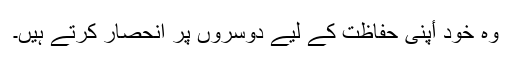
وہ خود أپنی حفاظت کے لیے دوسروں پر انحصار کرتے ہیں۔